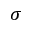
\sigma